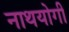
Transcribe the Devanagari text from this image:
नाथयोगी